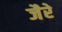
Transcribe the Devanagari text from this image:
जैरे